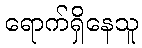
ရောက်ရှိနေသူ